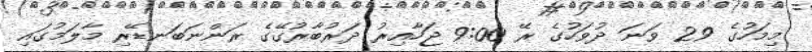
މިމަހުގެ 29 ވަނަ ދުވަހުގެ ރޭ 9:00 ޖަހާއިރު ދަރުބާރުގޭގެ ރަންނަބަނޑޭރި މާލަމުގައި